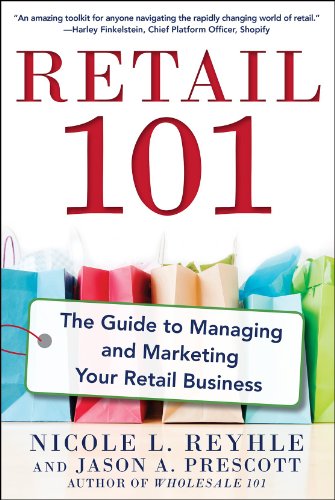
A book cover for Retail 101: The Guide to Managing and Marketing Your Retail Business; Nicole Reyhle; Business & Money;